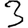
Digit: 3